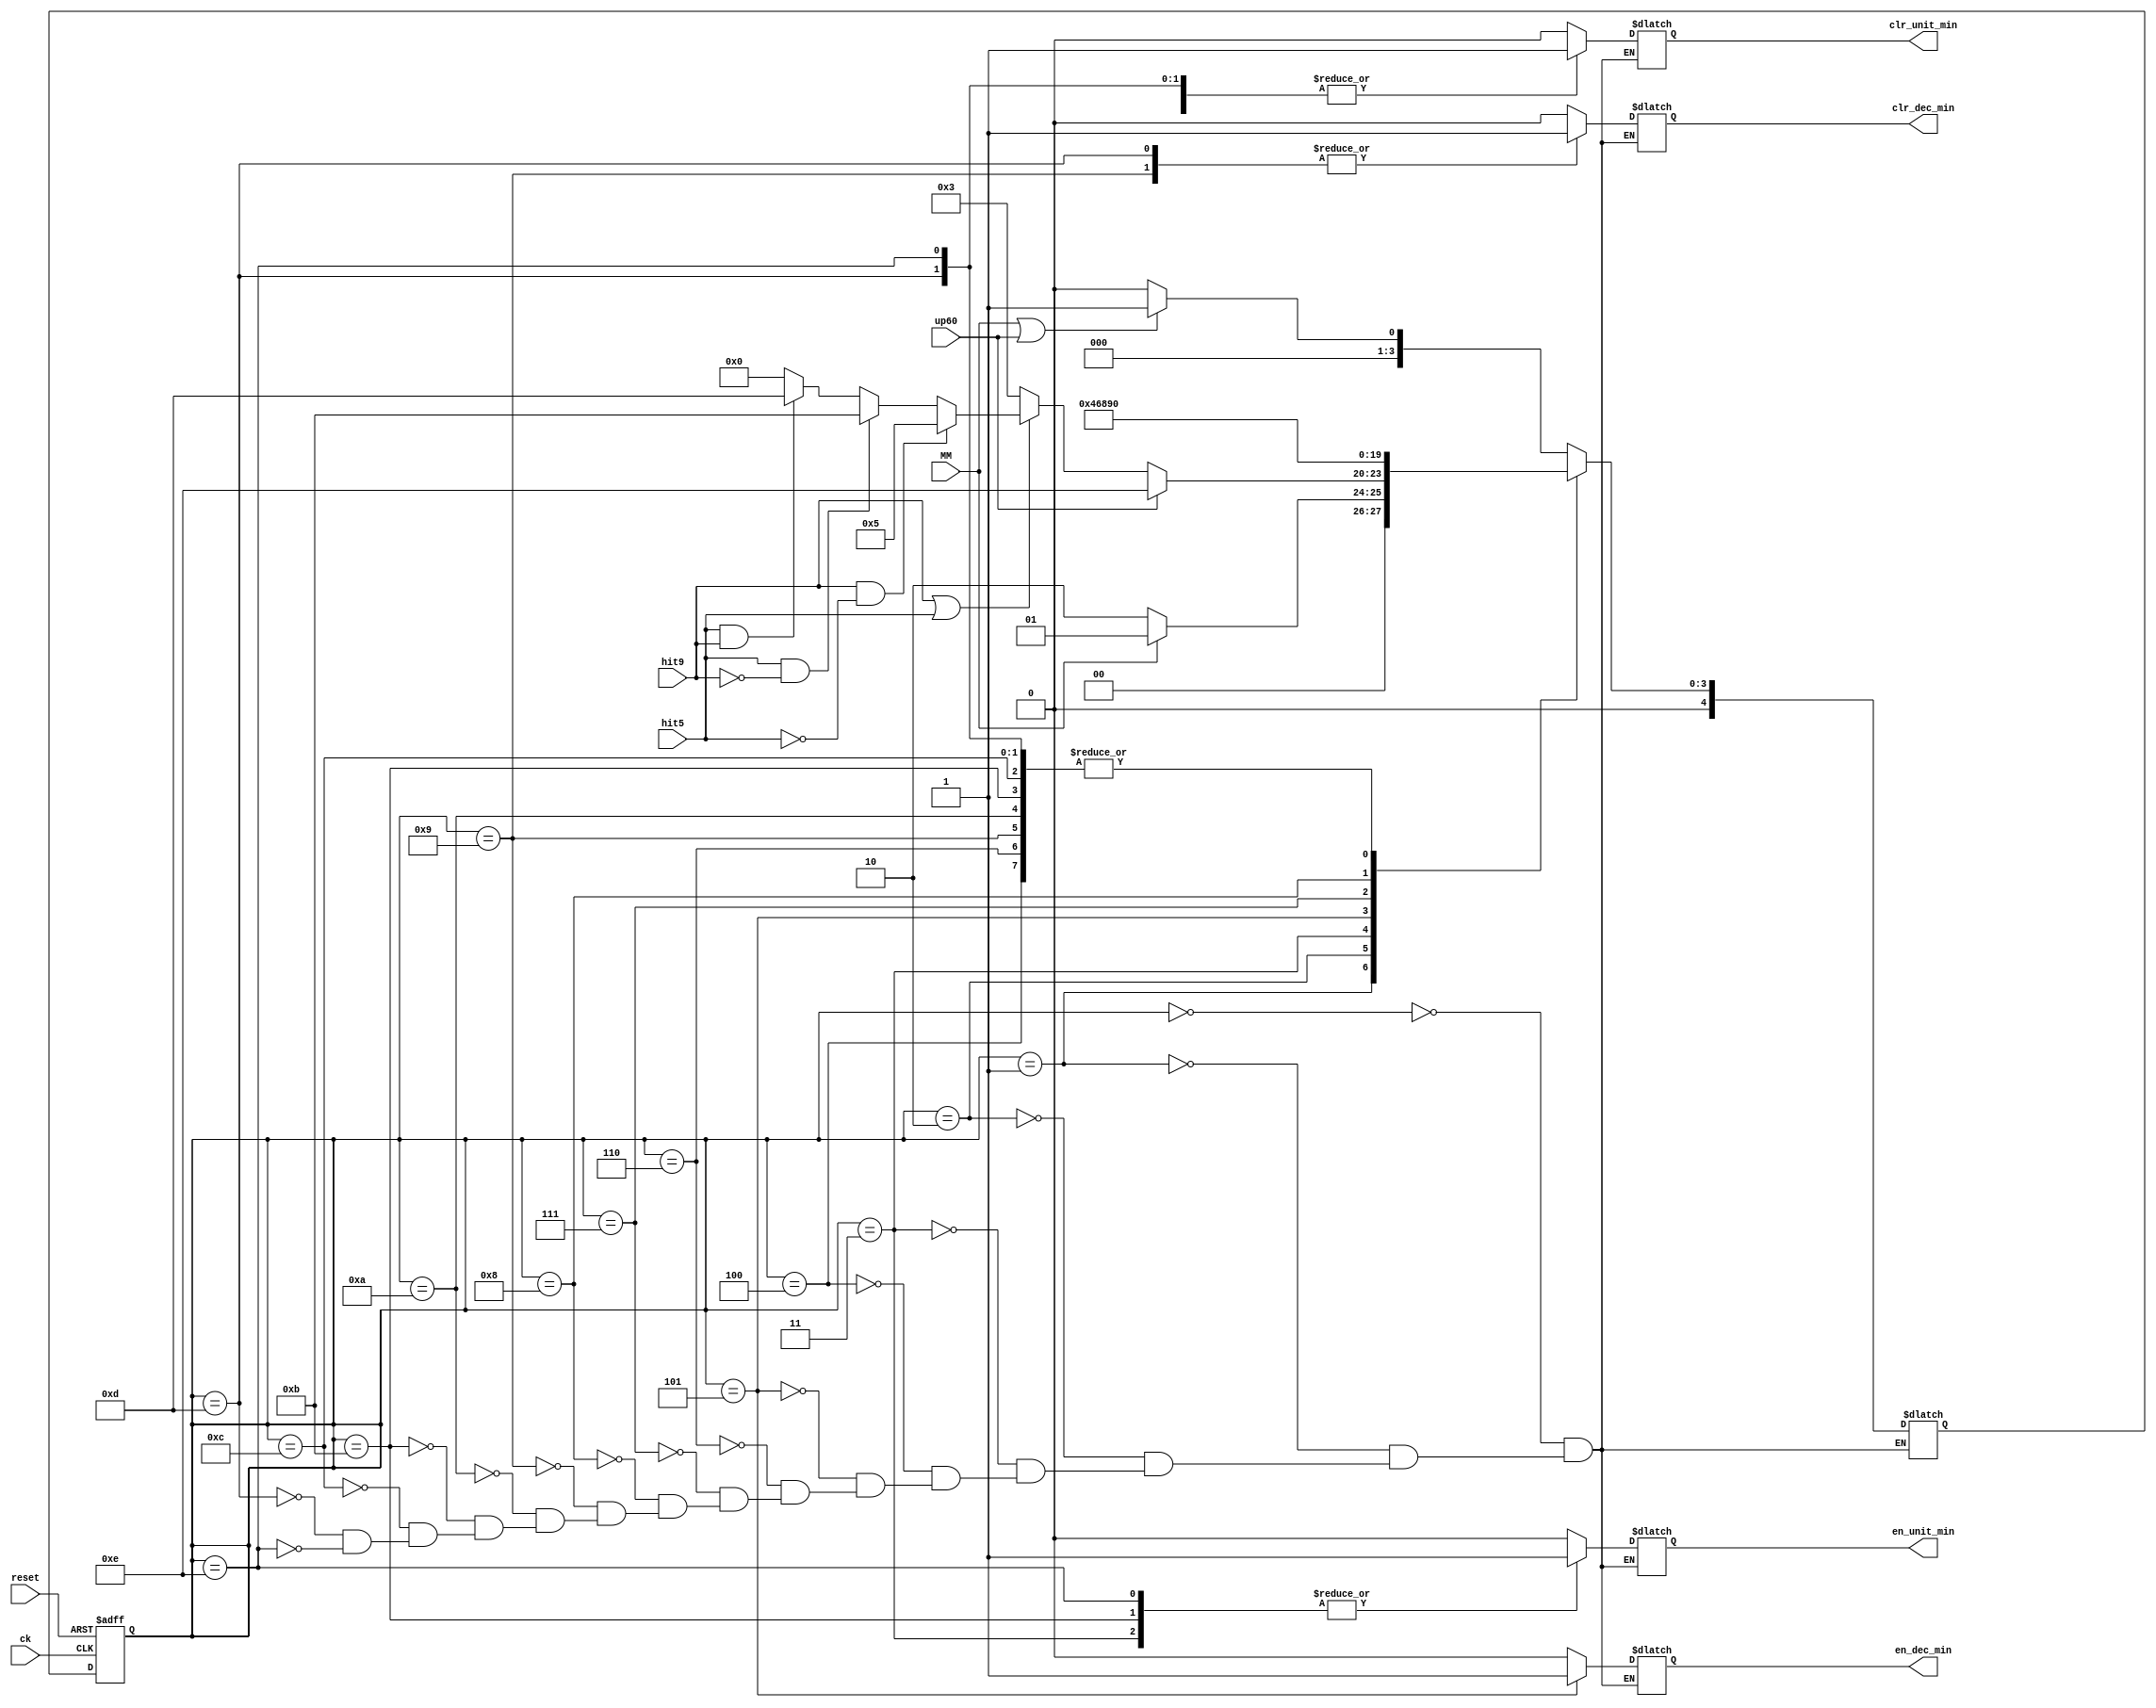
`timescale 1ns / 1ps
//////////////////////////////////////////////////////////////////////////////////
// Company: 
// Engineer: 
// 
// Design Name: 
// Module Name: min_hour_Controller
// Project Name: 
// Target Devices: 
// Tool Versions: 
// Description: 
// 
// Dependencies: 
// 
// Revision:
// Revision 0.01 - File Created
// Additional Comments:
// 
//////////////////////////////////////////////////////////////////////////////////


module min_Controller( input ck, reset, MM,up60, hit9,hit5,
                            output reg en_unit_min, en_dec_min,
                                 
                                   
                             output reg clr_unit_min, clr_dec_min
                                     

    );
    parameter idle = 5'd0;
    parameter s1 = 5'd1;
    parameter  s2 = 5'd2;
    parameter  s3 = 5'd3;
    parameter  s4= 5'd4;
    parameter  s5 = 5'd5;
    parameter  s6 = 5'd6; 
    parameter  s7 = 5'd7; 
    parameter  s8 = 5'd8; 
    parameter  s9 = 5'd9; 
    parameter  s10 = 5'd10; 
    parameter  s11 = 5'd11;
    parameter  s12 = 5'd12;
    parameter  s13 = 5'd13; 
    parameter  s14 = 5'd14; 
    reg [4:0] state,stateNext;
    always @(posedge ck,posedge reset)
    if(reset)
    state<=0;
    else state<=stateNext;
    
    always @(state,MM,hit9,hit5,up60)
     case(state)
     idle: if(MM|up60) stateNext=s1; else stateNext=idle;
     s1:if(MM)stateNext=s1; else stateNext=s2; 
     s2:if(up60) stateNext=s14; else if(~(hit9|hit5)) stateNext=s3; //00
      else if(hit9&(~hit5))  stateNext=s5;//01
       else if(hit5&(~hit9)) stateNext=s11;//10
      else if(hit5&hit9) stateNext=s13;
       else stateNext=idle;//11
       //da correggere
     s3:stateNext=s4;//en unita
     s4:stateNext=idle;
     s5: stateNext=s6;//up dec
     s6:stateNext=idle;
     s7:stateNext=s8; 
     s8:stateNext=s9;
     s9:stateNext=idle;
     s10:stateNext=idle;
     s11:stateNext=idle;
     s12:stateNext=idle;//s11  lo stato in cui vado se ce hit5 
     s13:stateNext=idle; //AZZERO ENTRAMBI I CONTATOREI
     s14: stateNext=idle;
     
    
   endcase
   
    always @(state)
    case(state)
   idle: begin en_unit_min=0; en_dec_min=0; clr_unit_min=0; clr_dec_min=0; end
     s1: begin en_unit_min=0; en_dec_min=0; clr_unit_min=0; clr_dec_min=0; end
     s2: begin en_unit_min=0; en_dec_min=0; clr_unit_min=0; clr_dec_min=0; end
     s3: begin en_unit_min=1; en_dec_min=0; clr_unit_min=0; clr_dec_min=0; end
     s4: begin en_unit_min=0; en_dec_min=0; clr_unit_min=0; clr_dec_min=0; end
     s5: begin en_unit_min=0; en_dec_min=1; clr_unit_min=0; clr_dec_min=0; end
     s6: begin en_unit_min=0; en_dec_min=0; clr_unit_min=1; clr_dec_min=0; end
     s7: begin en_unit_min=0; en_dec_min=0; clr_unit_min=0; clr_dec_min=0; end
     s8: begin en_unit_min=0; en_dec_min=0; clr_unit_min=0; clr_dec_min=0; end
     s9: begin en_unit_min=0; en_dec_min=0; clr_unit_min=0; clr_dec_min=1; end
     s10: begin en_unit_min=0; en_dec_min=0; clr_unit_min=0; clr_dec_min=0; end
     s11: begin en_unit_min=1; en_dec_min=0; clr_unit_min=0; clr_dec_min=0; end
     s12: begin en_unit_min=0; en_dec_min=0; clr_unit_min=0; clr_dec_min=0; end
     s13: begin en_unit_min=0; en_dec_min=0; clr_unit_min=1; clr_dec_min=1; end
     s14: begin en_unit_min=1; en_dec_min=0; clr_unit_min=1; clr_dec_min=0; end
    endcase
    
    
endmodule
module hour_Controller( input ck, reset, HH,up24, hit9,hit2,hit3,
                            output reg en_unit_ore, en_dec_ore,
                             
                                 
                                   
                             output reg clr_unit_ore, clr_dec_ore
                                     

    );
    //en_unit_ore4,clr_unit_ore4
    parameter idle = 5'd0;
    parameter s1 = 5'd1;
    parameter  s2 = 5'd2;
    parameter  s3 = 5'd3;
    parameter  s4= 5'd4;
    parameter  s5 = 5'd5;
    parameter  s6 = 5'd6; 
    parameter  s7 = 5'd7; 
    parameter  s8 = 5'd8; 
    parameter  s9 = 5'd9; 
    parameter  s10 = 5'd10; 
    parameter  s11 = 5'd11;
    parameter  s12 = 5'd12;
    parameter  s13 = 5'd13; 
     parameter  s14 = 5'd14; 
    parameter  s15 = 5'd15; 
    parameter  s16 = 5'd16; 
    parameter  s17 = 5'd17;
    parameter  s18 = 5'd18;
   
    reg [4:0] state,stateNext;
    always @(posedge ck,posedge reset)
    if(reset)
    state<=0;
    else state<=stateNext;
    
    always @(state,HH,hit9,hit2,hit3,up24)
     case(state)
     idle: if(HH|up24) stateNext=s1; else stateNext=idle;
     s1: if(HH) stateNext=s1;else stateNext=s2;
     s2: stateNext=s3;
     s3: if(hit3&hit2&(~hit9)) stateNext=s12; else if(~(hit9|hit2)) stateNext=s4; else if((~hit9)&hit2)  stateNext=s6;
      else if(hit9&(~hit2)) stateNext=s8;else if(hit9&hit2) stateNext=s10; 
     s4:stateNext=s5; //s4 --> en unita
     s5: stateNext=idle;
     s6: stateNext=s7;// en unita
     s7:stateNext=idle;
     s8:stateNext=s9;
     s9:stateNext=idle;
     s10:stateNext=s11;
     s11:stateNext=s12;
     s12:stateNext=idle;
     
     
     
     
    
   endcase
   
    always @(state)
    case(state)
   idle: begin en_unit_ore=0; en_dec_ore=0; clr_unit_ore=0; clr_dec_ore=0; end
     s1: begin en_unit_ore=0; en_dec_ore=0; clr_unit_ore=0; clr_dec_ore=0; end
     s2: begin en_unit_ore=0; en_dec_ore=0; clr_unit_ore=0; clr_dec_ore=0; end
     s3: begin en_unit_ore=0; en_dec_ore=0; clr_unit_ore=0; clr_dec_ore=0; end
     s4: begin en_unit_ore=1; en_dec_ore=0; clr_unit_ore=0; clr_dec_ore=0; end
     s5: begin en_unit_ore=0; en_dec_ore=0; clr_unit_ore=0; clr_dec_ore=0; end
     s6: begin en_unit_ore=1; en_dec_ore=0; clr_unit_ore=0; clr_dec_ore=0; end
     s7: begin en_unit_ore=0; en_dec_ore=0; clr_unit_ore=0; clr_dec_ore=0; end
     s8: begin en_unit_ore=0; en_dec_ore=1; clr_unit_ore=1; clr_dec_ore=0; end
     s9: begin en_unit_ore=0; en_dec_ore=0; clr_unit_ore=0; clr_dec_ore=0; end
     s10: begin en_unit_ore=1; en_dec_ore=0; clr_unit_ore=0; clr_dec_ore=0; end
     s11: begin en_unit_ore=0; en_dec_ore=0; clr_unit_ore=0; clr_dec_ore=0; end
     s12: begin en_unit_ore=0; en_dec_ore=0; clr_unit_ore=1; clr_dec_ore=1; end
//     s13: begin en_unit_ore=0; en_dec_ore=0; clr_unit_ore=1; clr_dec_ore=1; end
//     s14: begin en_unit_ore=1; en_dec_ore=0; clr_unit_ore=0; clr_dec_ore=0; end
//     s15: begin en_unit_ore=0; en_dec_ore=0; clr_unit_ore=0; clr_dec_ore=0; end
//     s16: begin en_unit_ore=1; en_dec_ore=0; clr_unit_ore=1; clr_dec_ore=1; end
//     s17: begin en_unit_ore=0; en_dec_ore=0; clr_unit_ore=1; clr_dec_ore=1; end
//      s18: begin en_unit_ore=0; en_dec_ore=0; clr_unit_ore=1; clr_dec_ore=1; end
    endcase
    
   
endmodule